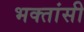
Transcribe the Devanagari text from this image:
भक्तांसी